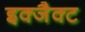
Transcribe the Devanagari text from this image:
इक्जैक्ट